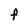
Character: F